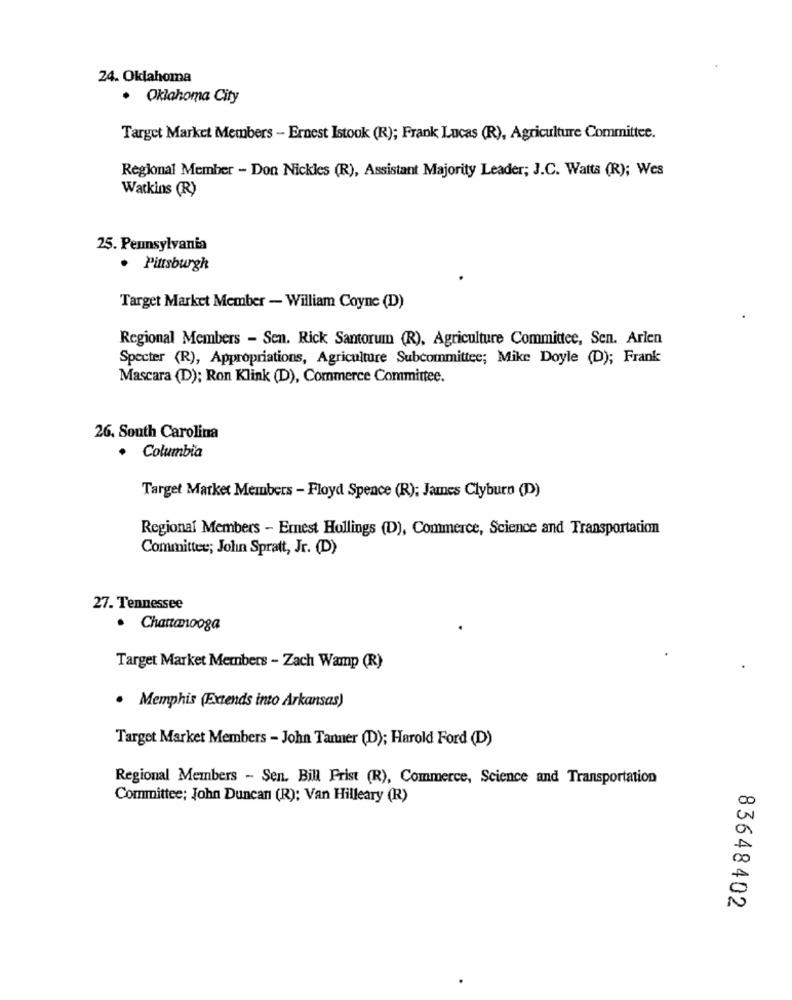
24. Oklahoma
· Oklahoma City
Target Market Members - Ernest Istook (R); Frank Lucas (R), Agriculture Committee.
Regional Member - Don Nickles (R), Assistant Majority Leader; J.C. Watts (R); Wes
Watkins (R)
25. Pennsylvania
· Pittsburgh
Target Market Member - William Coyne (D)
Regional Members - Sen. Rick Santorum (R), Agriculture Committee, Sen. Arlen
Specter (R), Appropriations, Agriculture Subcommittee; Mike Doyle (D); Frank
Mascara (D); Ron Klink (D), Commerce Committee.
26. South Carolina
· Columbia
Target Market Members - Floyd Spence (R); James Clyburn (D)
Regional Members - Ernest Hollings (D), Commerce, Science and Transportation
Committee; John Spratt, Jr. (D)
27. Tennessee
· Chattanooga
Target Market Members - Zach Wamp (R)
· Memphis (Extends into Arkansas)
Target Market Members - John Tanner (D); Harold Ford (D)
Regional Members - Sen. Bill Frist (R), Commerce, Science and Transportation
Committee; John Duncan (R); Van Hilleary (R)
83648402